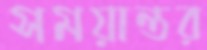
সময়ান্তর